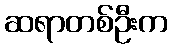
ဆရာတစ်ဦးက